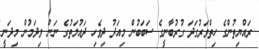
ރައްޔިތުންގެ ހިތްވަރުގަދަ ގުރުބާނީގެ ސަބަބުން މިއަދު ދިވެހި ދައުލަތުގެ ނަން ވިދަމުން މިދަނީ